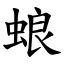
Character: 蜋